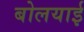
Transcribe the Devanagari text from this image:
बोलयाई